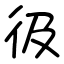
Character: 彶